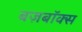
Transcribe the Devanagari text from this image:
बज़बॉक्स